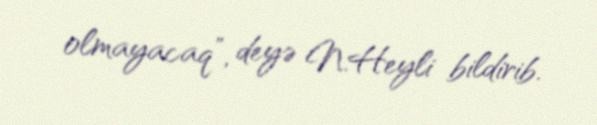
olmayacaq”, deyə N.Heyli bildirib.